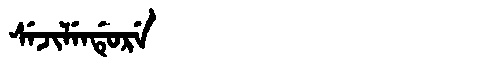
Manchu: ᠰᡝᠵᡳᠯᡝᠨᡩᡠᡵᡝ
Romanization: SEJILENDURE